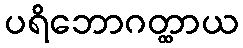
ပရိဘောဂတ္ထာယ